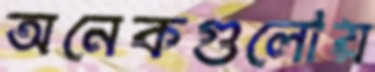
অনেকগুলোয়